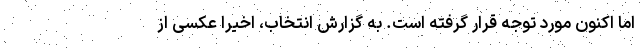
اما اکنون مورد توجه قرار گرفته است. به گزارش انتخاب، اخیرا عکسی از